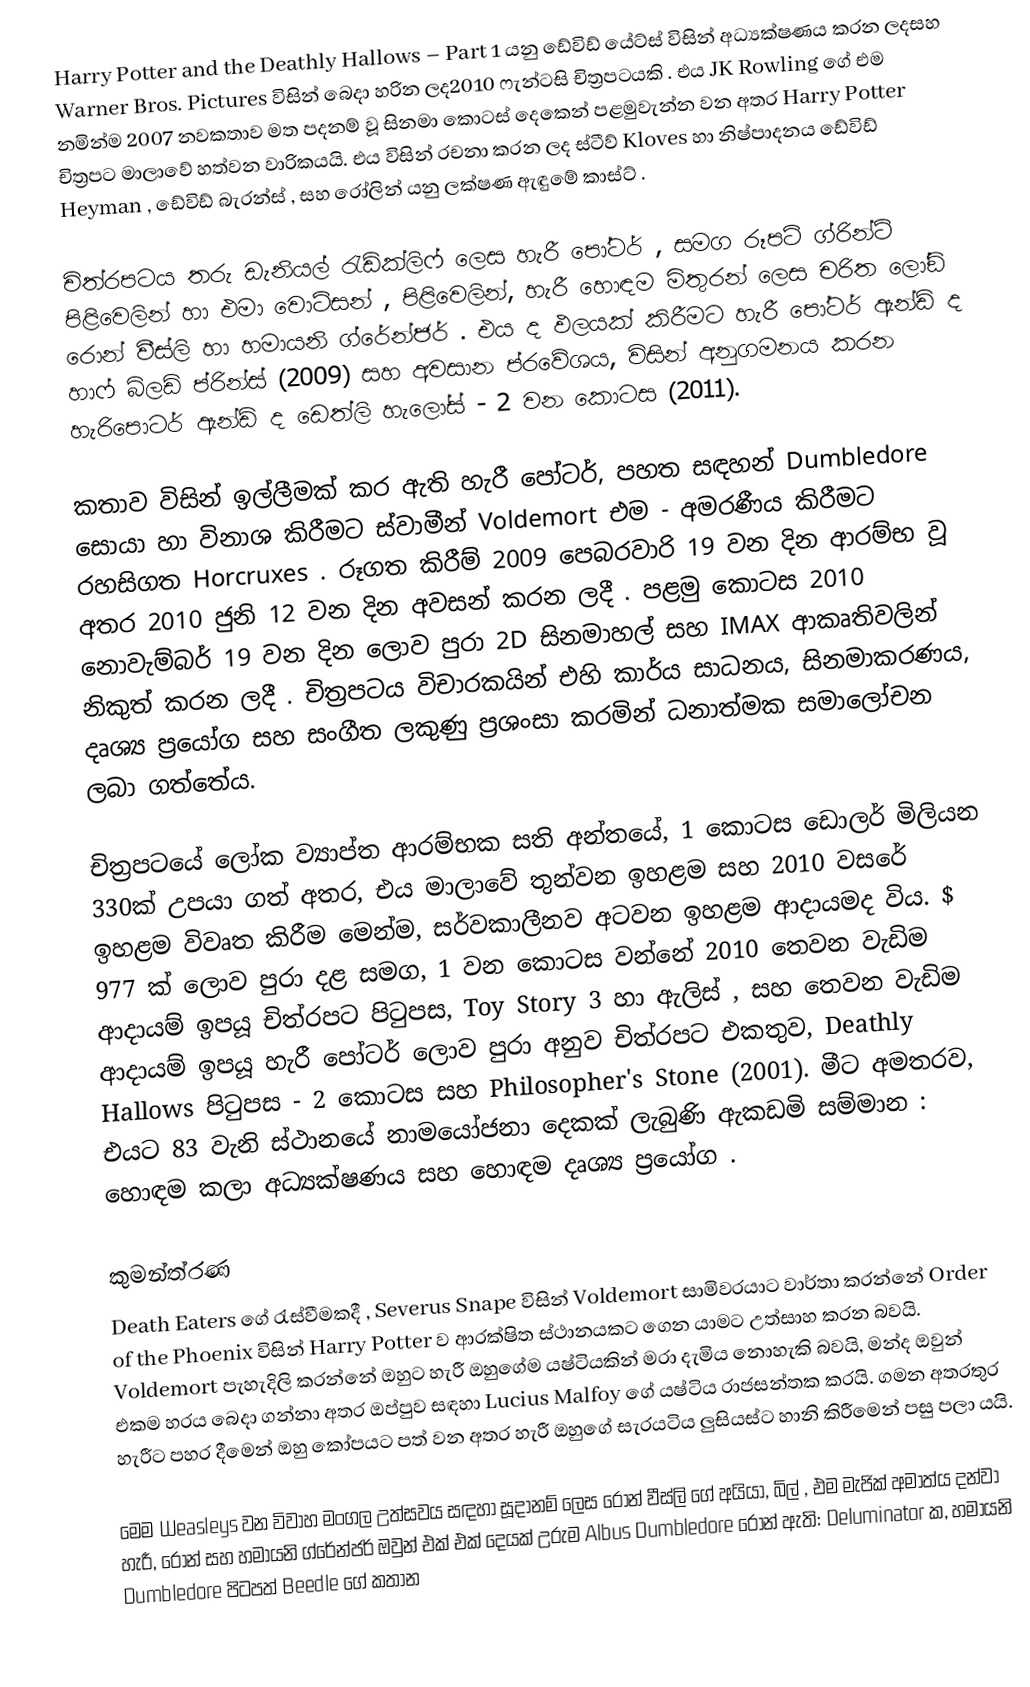
Harry Potter and the Deathly Hallows – Part 1 යනු ඩේවිඩ් යේට්ස් විසින් අධ්‍යක්ෂණය කරන ලදසහ Warner Bros. Pictures විසින් බෙදා හරින ලද2010 ෆැන්ටසි චිත්‍රපටයකි .  එය JK Rowling ගේ එම නමින්ම 2007 නවකතාව මත පදනම් වූ සිනමා කොටස් දෙකෙන් පළමුවැන්න වන අතර Harry Potter චිත්‍රපට මාලාවේ හත්වන වාරිකයයි.  එය විසින් රචනා කරන ලද ස්ටීව් Kloves හා නිෂ්පාදනය ඩේවිඩ් Heyman , ඩේවිඩ් බැරන්ස් , සහ රෝලින් යනු ලක්ෂණ ඇඳුමේ කාස්ට් .

චිත්රපටය තරු ඩැනියල් රැඩ්ක්ලිෆ් ලෙස හැරී පෝටර් , සමග රූපට් ග්රින්ට් පිළිවෙලින් හා එමා වොට්සන් , පිළිවෙලින්, හැරී හොඳම මිතුරන් ලෙස චරිත ලෝඞ් රොන් වීස්ලි හා හමායනි ග්රේන්ජර් . එය ද ඵලයක් කිරීමට හැරී පෝටර් ඇන්ඩ් ද හාෆ් බ්ලඩ් ප්රින්ස් (2009) සහ අවසාන ප්රවේශය, විසින් අනුගමනය කරන හැරිපොටර් ඇන්ඩ් ද ඩෙත්ලි හැලෝස් - 2 වන කොටස (2011).

කතාව විසින් ඉල්ලීමක් කර ඇති හැරී පෝටර්, පහත සඳහන් Dumbledore සොයා හා විනාශ කිරීමට ස්වාමීන් Voldemort එම - අමරණීය කිරීමට රහසිගත Horcruxes . රූගත කිරීම් 2009 පෙබරවාරි 19 වන දින ආරම්භ වූ අතර 2010 ජුනි 12 වන දින අවසන් කරන ලදී .  පළමු කොටස 2010 නොවැම්බර් 19 වන දින ලොව පුරා 2D සිනමාහල් සහ IMAX ආකෘතිවලින් නිකුත් කරන ලදී .  චිත්‍රපටය විචාරකයින් එහි කාර්ය සාධනය, සිනමාකරණය, දෘශ්‍ය ප්‍රයෝග සහ සංගීත ලකුණු ප්‍රශංසා කරමින් ධනාත්මක සමාලෝචන ලබා ගත්තේය.

චිත්‍රපටයේ ලෝක ව්‍යාප්ත ආරම්භක සති අන්තයේ, 1 කොටස ඩොලර් මිලියන 330ක් උපයා ගත් අතර, එය මාලාවේ තුන්වන ඉහළම සහ 2010 වසරේ ඉහළම විවෘත කිරීම මෙන්ම, සර්වකාලීනව අටවන ඉහළම ආදායමද විය.  $ 977 ක් ලොව පුරා දළ සමග, 1 වන කොටස වන්නේ 2010 තෙවන වැඩිම ආදායම් ඉපයූ චිත්රපට පිටුපස, Toy Story 3 හා ඇලිස් ,  සහ තෙවන වැඩිම ආදායම් ඉපයූ හැරී පෝටර් ලොව පුරා අනුව චිත්රපට එකතුව, Deathly Hallows පිටුපස - 2 කොටස සහ Philosopher's Stone (2001).  මීට අමතරව, එයට 83 වැනි ස්ථානයේ නාමයෝජනා දෙකක් ලැබුණි ඇකඩමි සම්මාන : හොඳම කලා අධ්‍යක්ෂණය සහ හොඳම දෘශ්‍ය ප්‍රයෝග .

කුමන්ත්රණ
Death Eaters ගේ රැස්වීමකදී , Severus Snape විසින් Voldemort සාමිවරයාට වාර්තා කරන්නේ Order of the Phoenix විසින් Harry Potter ව ආරක්ෂිත ස්ථානයකට ගෙන යාමට උත්සාහ කරන බවයි. Voldemort පැහැදිලි කරන්නේ ඔහුට හැරී ඔහුගේම යෂ්ටියකින් මරා දැමිය නොහැකි බවයි, මන්ද ඔවුන් එකම හරය බෙදා ගන්නා අතර ඔප්පුව සඳහා Lucius Malfoy ගේ යෂ්ටිය රාජසන්තක කරයි. ගමන අතරතුර හැරීට පහර දීමෙන් ඔහු කෝපයට පත් වන අතර හැරී ඔහුගේ සැරයටිය ලුසියස්ට හානි කිරීමෙන් පසු පලා යයි.

මෙම Weasleys වන විවාහ මංගල උත්සවය සඳහා සූදානම් ලෙස රොන් වීස්ලි ගේ අයියා, බිල් , එම මැජික් අමාත්ය දන්වා හැරී, රොන් සහ හමායනි ග්රේන්ජර් ඔවුන් එක් එක් දෙයක් උරුම Albus Dumbledore රොන් ඇති: Deluminator ක, හමායනි Dumbledore පිටපත් Beedle ගේ කතාන